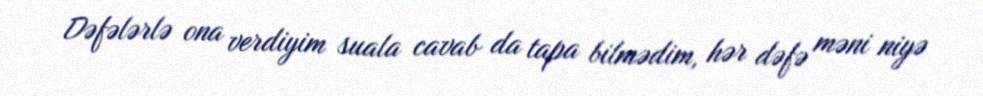
Dəfələrlə ona verdiyim suala cavab da tapa bilmədim, hər dəfə məni niyə